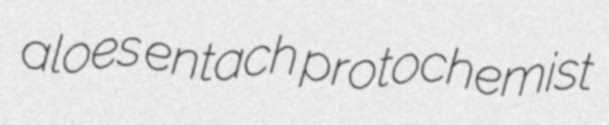
aloes entach protochemist